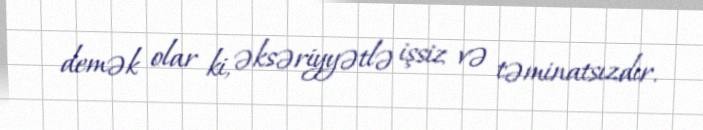
demək olar ki, əksəriyyətlə işsiz və təminatsızdır.